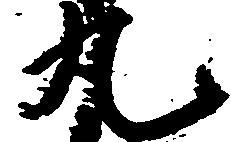
丸